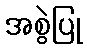
အစွဲပြု